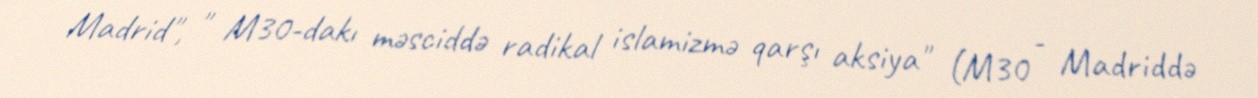
Madrid", " M30-dakı məsciddə radikal islamizmə qarşı aksiya" (M30 - Madriddə